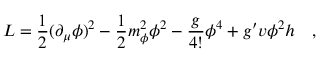
{ \cal L } = { \frac { 1 } { 2 } } ( \partial _ { \mu } \phi ) ^ { 2 } - { \frac { 1 } { 2 } } m _ { \phi } ^ { 2 } \phi ^ { 2 } - { \frac { g } { 4 ! } } \phi ^ { 4 } + g ^ { \prime } v \phi ^ { 2 } h \quad ,